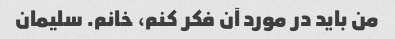
من باید در مورد آن فکر کنم، خانم. سلیمان